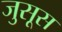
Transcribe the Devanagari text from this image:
जुसूस